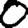
Digit: 0